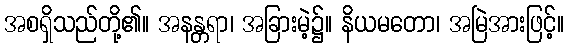
အစရှိသည်တို့၏။ အနန္တရာ၊ အခြားမဲ့၌။ နိယမတော၊ အမြဲအားဖြင့်။